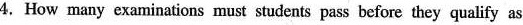
4. How many examinations must students pass before they qualify as